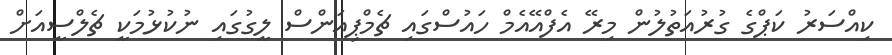
ކިއްސަރު ކަޕްގެ ގުރުއަތުލުން މިރޭ އެފްއޭއެމް ހައުސްގައި ޗެމްޕިއަންސް ލީގުގައި ނުކުޅުމަކީ ޗެލްސީއަށް